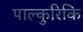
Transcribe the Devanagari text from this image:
पाल्कुरिकि